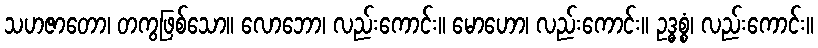
သဟဇာတော၊ တကွဖြစ်သော။ လောဘော၊ လည်းကောင်း။ မောဟော၊ လည်းကောင်း။ ဥဒ္ဓစ္စံ၊ လည်းကောင်း။